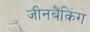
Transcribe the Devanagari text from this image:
जीनबैंकिंग